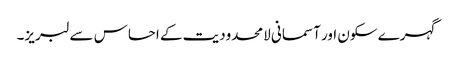
گہرے سکون اور آسمانی لامحدودیت کے احساس سے لبریز۔